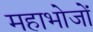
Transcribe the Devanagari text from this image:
महाभोजों